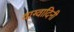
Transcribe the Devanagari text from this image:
वाग्वादिनी